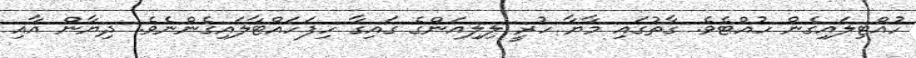
ހުއްޓިލައިގެން ހުއްޓެވެ. ގާތުގައި މާޔާ ހުރީ ލިލިއަންގެ ގައިގާ ހިފަހައްޓާލައިގެންނެވެ. ދިޔާން އާއި